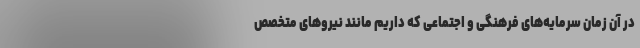
در آن زمان سرمایه‌های فرهنگی و اجتماعی که داریم مانند نیروهای متخصص